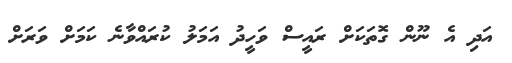
އަދި އެ ނޫން ގޮތަކަށް ރައީސް ވަހީދު އަމަލު ކުރައްވާނެ ކަމަށް ވަރަށް